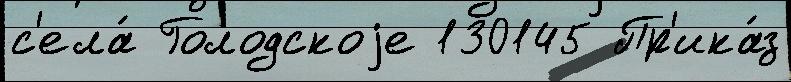
с'ела́ Голодскоjе 130145 Пр'ика́з